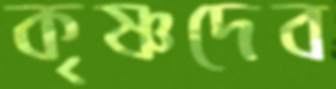
কৃষ্ণদেব